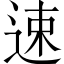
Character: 速